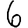
Digit: 6